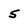
Character: 5